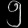
Digit: ၅